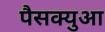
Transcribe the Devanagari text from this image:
पैसक्युआ